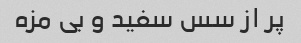
پر از سس سفید و بى مزه